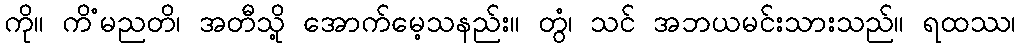
ကို။ ကိံမညတိ၊ အတီသို့ အောက်မေ့သနည်း။ တွံ၊ သင် အဘယမင်းသားသည်။ ရထဿ၊